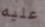
عليه